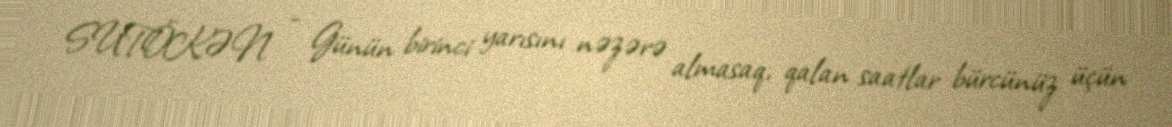
SUTÖKƏN - Günün birinci yarısını nəzərə almasaq, qalan saatlar bürcünüz üçün